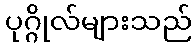
ပုဂ္ဂိုလ်များသည်